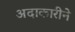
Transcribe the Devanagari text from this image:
अदाकारीने